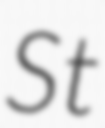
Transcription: St